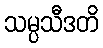
သမ္ပသီဒတိ